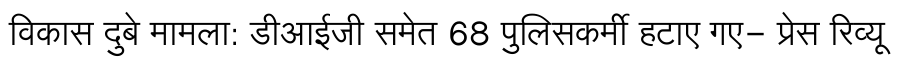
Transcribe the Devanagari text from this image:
विकास दुबे मामला: डीआईजी समेत 68 पुलिसकर्मी हटाए गए- प्रेस रिव्यू